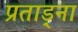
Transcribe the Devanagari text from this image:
प्रताड़्ना